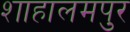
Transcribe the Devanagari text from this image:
शाहालमपुर